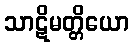
သာဋိမတ္တိယော